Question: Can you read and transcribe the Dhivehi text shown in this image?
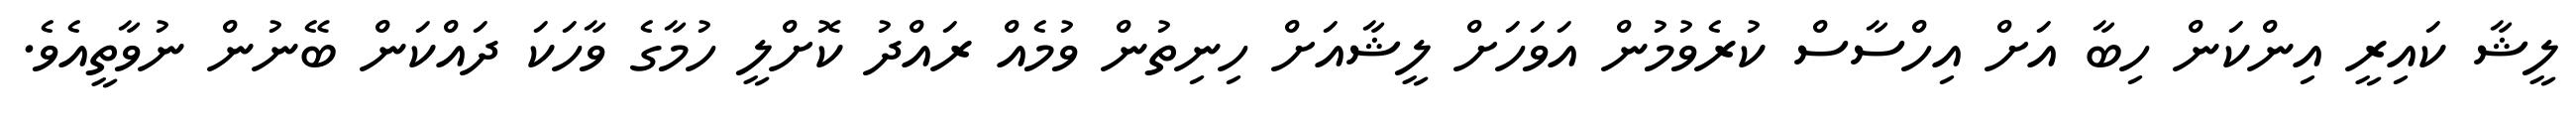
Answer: ލީޝާ ކައިރީ އިންކަން ހިބާ އަށް އިހްސާސް ކުރެވުމުން އަވަހަށް ލީޝާއަށް ހިނިތުން ވުމެއް ރައްދު ކޮށްލީ ހުމާގެ ވާހަކަ ދައްކަން ބޭނުން ނުވާތީއެވެ.